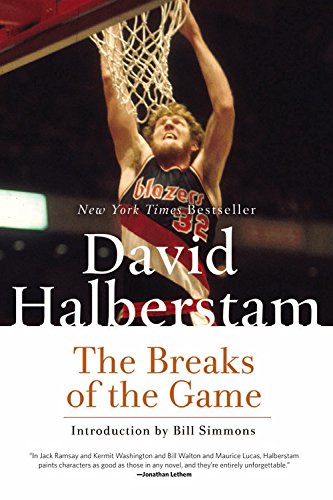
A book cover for The Breaks of the Game; David Halberstam; Sports & Outdoors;